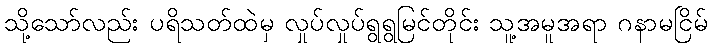
သို့သော်လည်း ပရိသတ်ထဲမှ လှုပ်လှုပ်ရွရွမြင်တိုင်း သူ့အမူအရာ ဂနာမငြိမ်